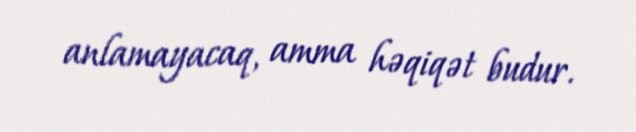
anlamayacaq, amma həqiqət budur.